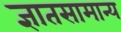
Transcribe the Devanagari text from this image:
ज्ञातसामान्य